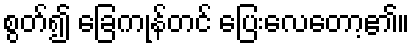
စွတ်၍ ခြေကုန်တင် ပြေးလေတော့၏။